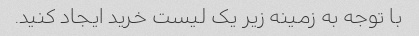
با توجه به زمینه زیر یک لیست خرید ایجاد کنید.